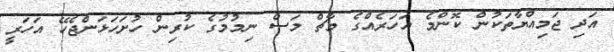
އަދި ޖަމިއްޔާތަކުން ކޮންމެ އަހަރެއްގެ މާޗް މަސް ނިމުމުގެ ކުރިން ހުށަހަޅަންޖެހޭ އަހަރީ